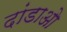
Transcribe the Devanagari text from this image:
दांडाओ